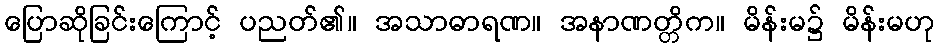
ပြောဆိုခြင်းကြောင့် ပညတ်၏။ အသာဓာရဏ။ အနာဏတ္တိက။ မိန်းမ၌ မိန်းမဟု